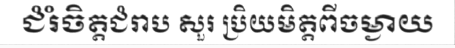
ជំរំចិត្តជំរាប សួរ ប្រិយមិត្តពីចម្ងាយ